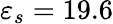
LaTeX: \varepsilon_{s}=19.6